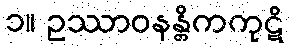
၁။ ဥဿာဝနန္တိကကုဋိ